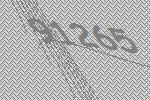
91265